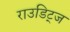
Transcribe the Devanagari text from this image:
राउडिट्ज